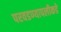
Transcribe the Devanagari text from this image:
परवडण्यापलीकडे